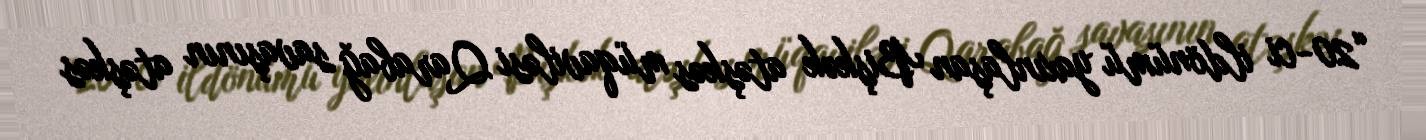
“20-ci ildönümü yaxınlaşan Bişkək atəşkəs müqaviləsi Qarabağ savaşının atəşkəs